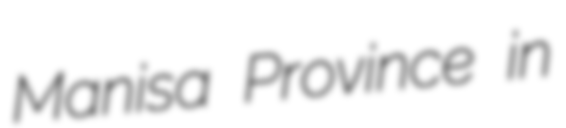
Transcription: Manisa Province in